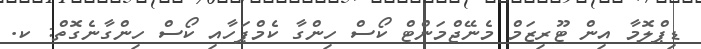
ޑިޕްލޮމާ އިން ޓޫރިޒަމް މެނޭޖްމަންޓް ކޯސް ހިންގާ ކެމްޕަހާއި ކޯސް ހިންގާނެގޮތް: ކ.